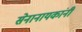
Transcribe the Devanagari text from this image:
सेनानायकांनी